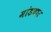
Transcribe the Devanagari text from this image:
मांडणार